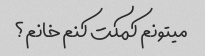
میتونم کمکت کنم خانم؟